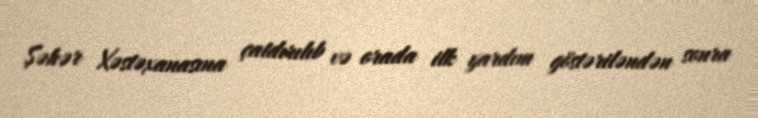
Şəhər Xəstəxanasına çatdırılıb və orada ilk yardım göstəriləndən sonra